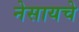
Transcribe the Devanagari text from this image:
नेसायचे